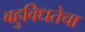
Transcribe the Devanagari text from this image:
बहुविधतेचा